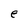
Character: e